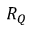
R _ { Q }